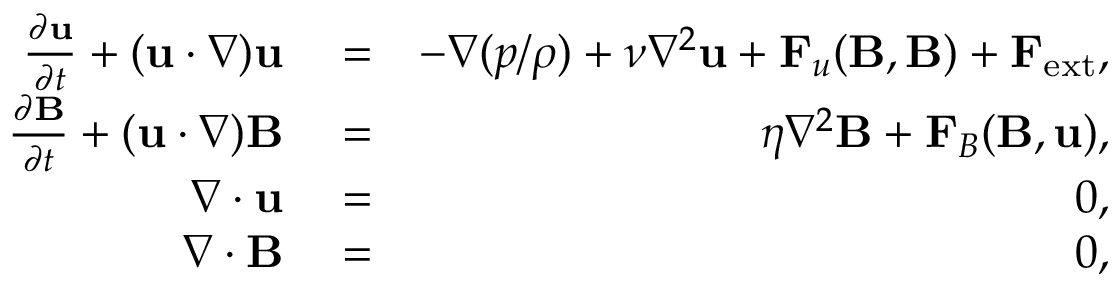
\begin{array} { r l r } { \frac { \partial { \bf u } } { \partial t } + ( { \bf u } \cdot \nabla ) { \bf u } } & { { } = } & { - \nabla ( { p } / { \rho } ) + \nu \nabla ^ { 2 } { \bf u } + { \bf F } _ { u } ( { \bf B , B } ) + { \bf F } _ { \mathrm { e x t } } , } \\ { \frac { \partial { \bf B } } { \partial t } + ( { \bf u } \cdot \nabla ) { { \bf B } } } & { { } = } & { \eta \nabla ^ { 2 } { { \bf B } } + { \bf F } _ { B } ( { \bf B , u } ) , } \\ { \nabla \cdot { \bf u } } & { { } = } & { 0 , } \\ { \nabla \cdot { \bf B } } & { { } = } & { 0 , } \end{array}